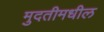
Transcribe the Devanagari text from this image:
मुदतीमधील